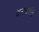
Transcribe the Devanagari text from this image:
अनक्रांति